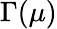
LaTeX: \Gamma(\mu)